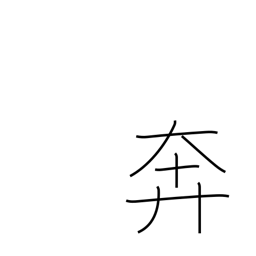
Meaning: bustle